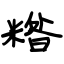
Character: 糌